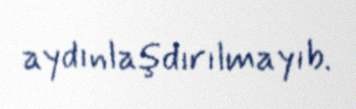
aydınlaşdırılmayıb.